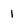
Character: 1